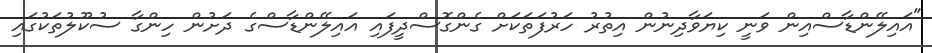
"އައިލޭންޑާސްއިން ވަނީ ކިޔަވާދިނުން އިތުރު ހަރުފަތަކަށް ގެންގޮސްދީފައި އައިލޭންޑާސްގެ ދަށުން ހިންގާ ސުކޫލުތަކުގައި